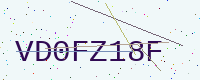
Text: VD0FZ18F